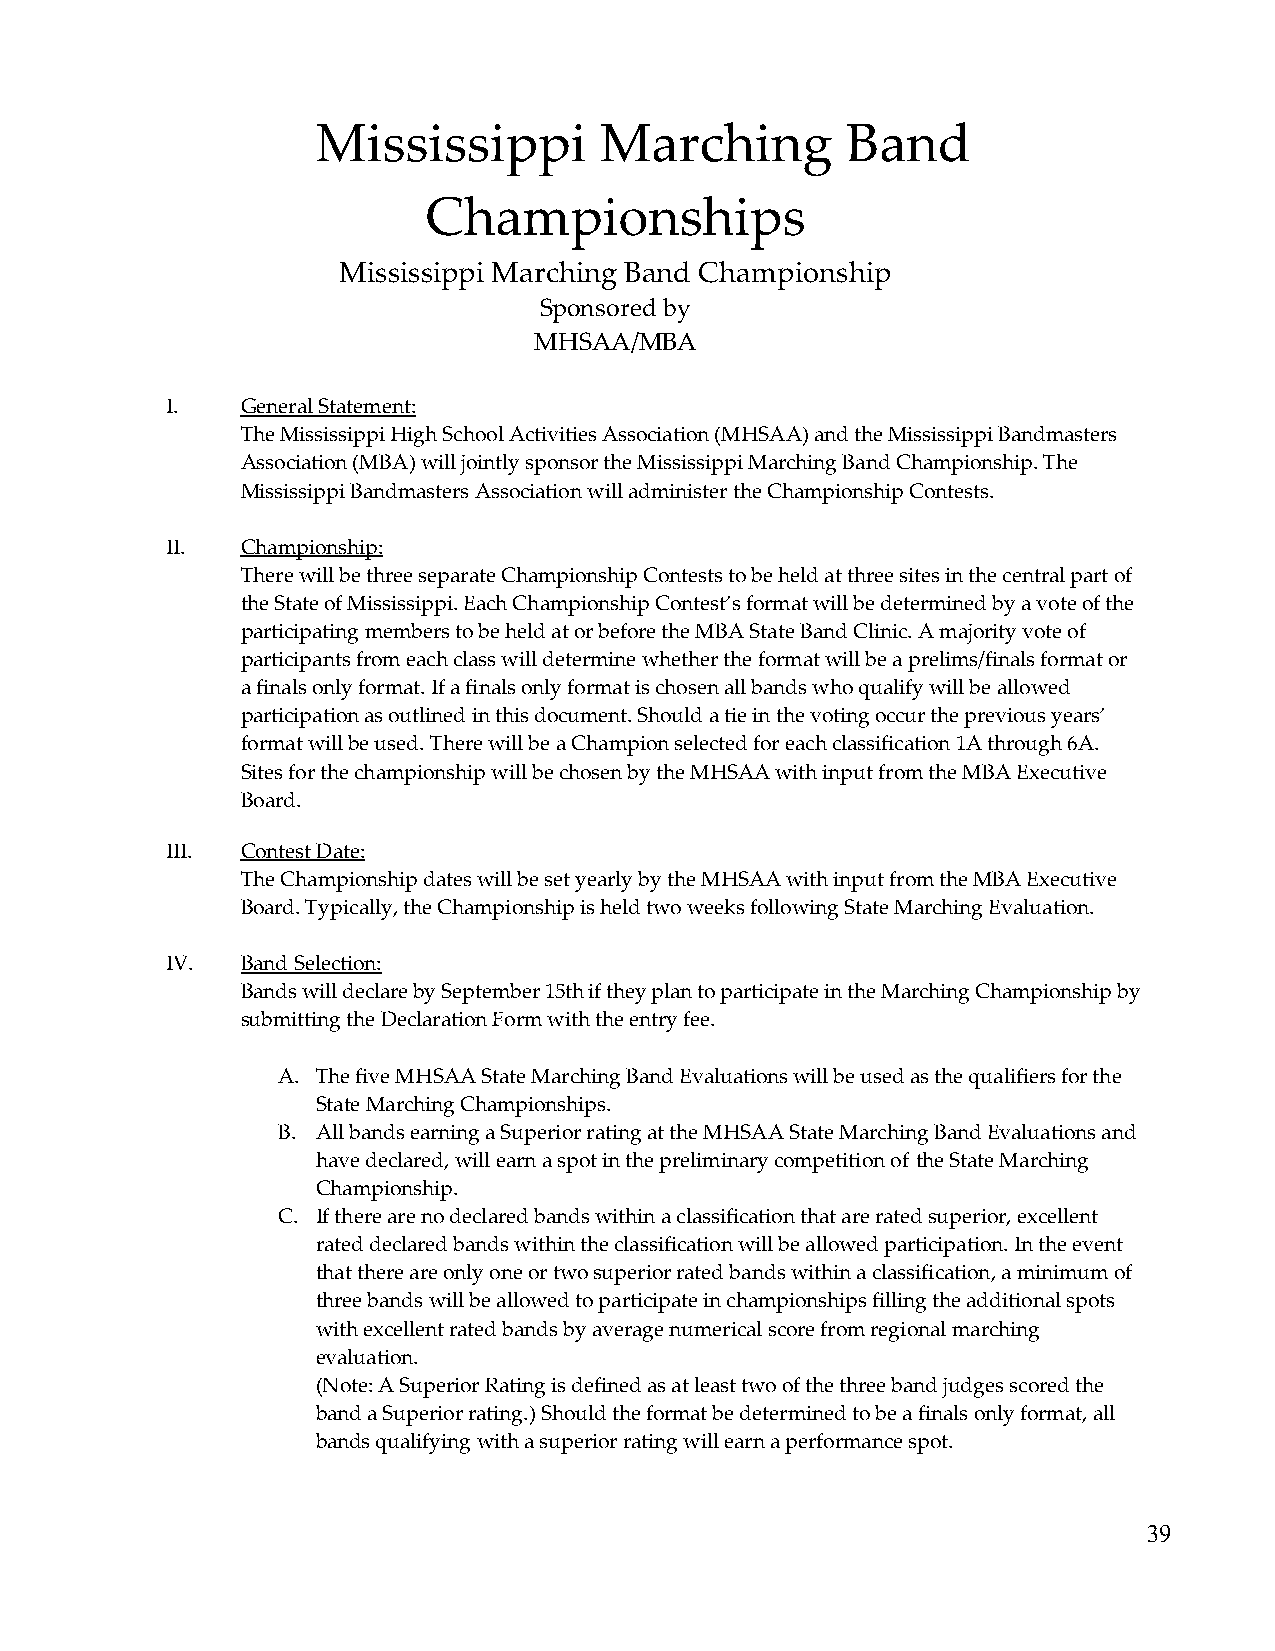
Mississippi        Marching        Band
 Championships
 Mississippi Marching Band Championship
 Sponsored by
 MHSAA/MBA
 I.   General Statement:
 The Mississippi High School Activities Association (MHSAA) and the Mississippi Bandmasters
 Association (MBA) will jointly sponsor the Mississippi Marching Band Championship. The
 Mississippi Bandmasters Association will administer the Championship Contests.
 II.  Championship:
 There will be three separate Championship Contests to be held at three sites in the central part of
 the State of Mississippi. Each Championship Contest’s format will be determined by a vote of the
 participating members to be held at or before the MBA State Band Clinic. A majority vote of
 participants from each class will determine whether the format will be a prelims/finals format or
 a finals only format. If a finals only format is chosen all bands who qualify will be allowed
 participation as outlined in this document. Should a tie in the voting occur the previous years’
 format will be used. There will be a Champion selected for each classification 1A through 6A.
 Sites for the championship will be chosen by the MHSAA with input from the MBA Executive
 Board.
 III. Contest Date:
 The Championship dates will be set yearly by the MHSAA with input from the MBA Executive
 Board. Typically, the Championship is held two weeks following State Marching Evaluation.
 IV.  Band Selection:
 Bands will declare by September 15th if they plan to participate in the Marching Championship by
 submitting the Declaration Form with the entry fee.
 A. The five MHSAA State Marching Band Evaluations will be used as the qualifiers for the
 State Marching Championships.
 B. All bands earning a Superior rating at the MHSAA State Marching Band Evaluations and
 have declared, will earn a spot in the preliminary competition of the State Marching
 Championship.
 C. If there are no declared bands within a classification that are rated superior, excellent
 rated declared bands within the classification will be allowed participation. In the event
 that there are only one or two superior rated bands within a classification, a minimum of
 three bands will be allowed to participate in championships filling the additional spots
 with excellent rated bands by average numerical score from regional marching
 evaluation.
 (Note: A Superior Rating is defined as at least two of the three band judges scored the
 band a Superior rating.) Should the format be determined to be a finals only format, all
 bands qualifying with a superior rating will earn a performance spot.
 39